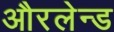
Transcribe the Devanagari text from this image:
औरलेन्ड